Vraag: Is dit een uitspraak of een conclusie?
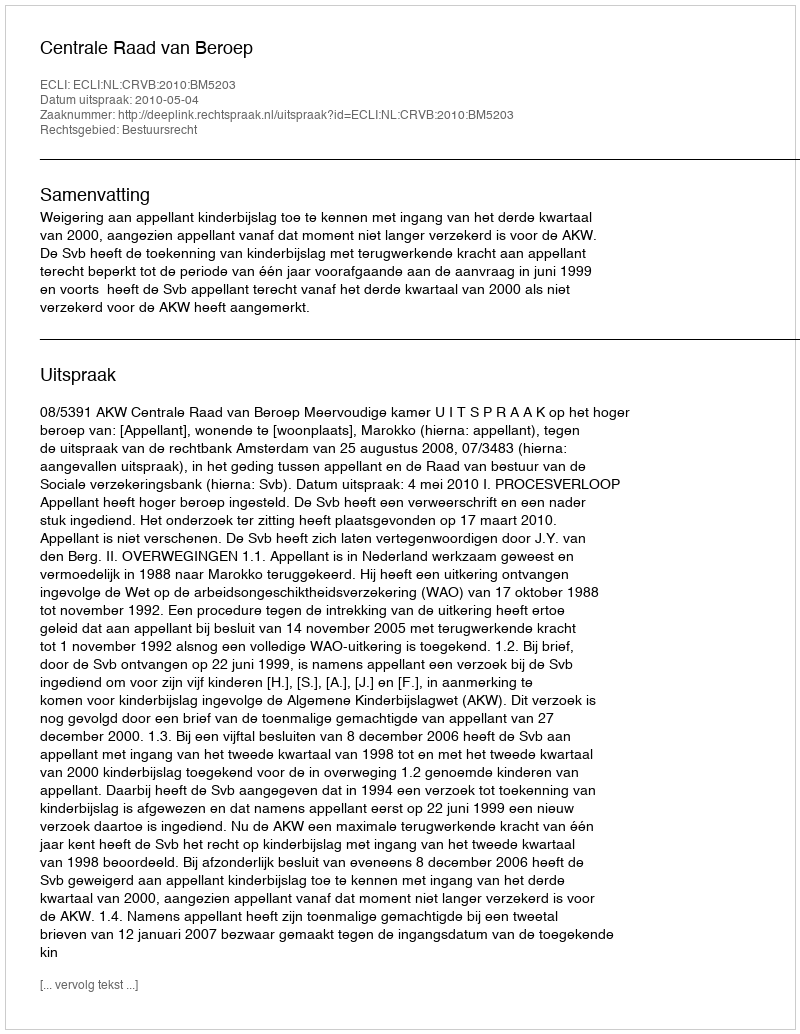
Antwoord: Uitspraak